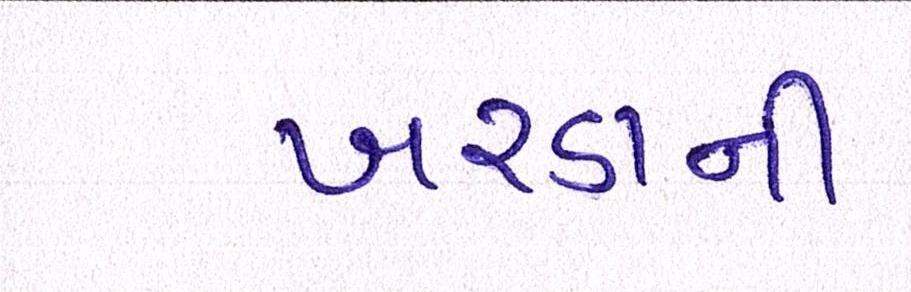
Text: ખરડાની